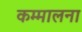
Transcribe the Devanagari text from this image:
कम्मालना